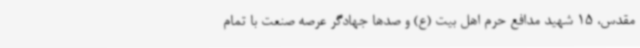
مقدس، 15 شهید مدافع حرم اهل بیت (ع) و صدها جهادگر عرصه صنعت با تمام